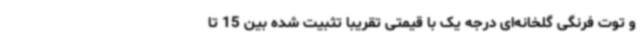
و توت فرنگی گلخانه‌ای درجه یک با قیمتی تقریبا تثبیت شده بین 15 تا